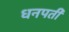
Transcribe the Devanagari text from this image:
धनपती